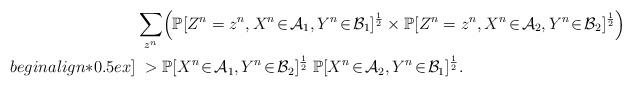
LaTeX: \begin{align*}&\sum_{z^n}\!\Big(\mathbb{P}[Z^n=z^n, X^n\!\in\!\mathcal{A}_1,Y^n\!\in\!\mathcal{B}_1]^{\frac{1}{2}}\times \mathbb{P}[Z^n=z^n, X^n\!\in\!\mathcal{A}_2,Y^n\!\in\!\mathcal{B}_2]^{\frac 12}\Big)\\begin{align*}0.5ex]&\;>\mathbb{P}[X^n\!\in\!\mathcal{A}_1,Y^n\!\in\!\mathcal{B}_2]^{\frac 12}\;\mathbb{P}[X^n\!\in\!\mathcal{A}_2,Y^n\!\in\!\mathcal{B}_1]^{\frac 12}.\end{align*}